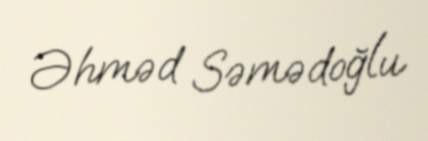
Əhməd Səmədoğlu